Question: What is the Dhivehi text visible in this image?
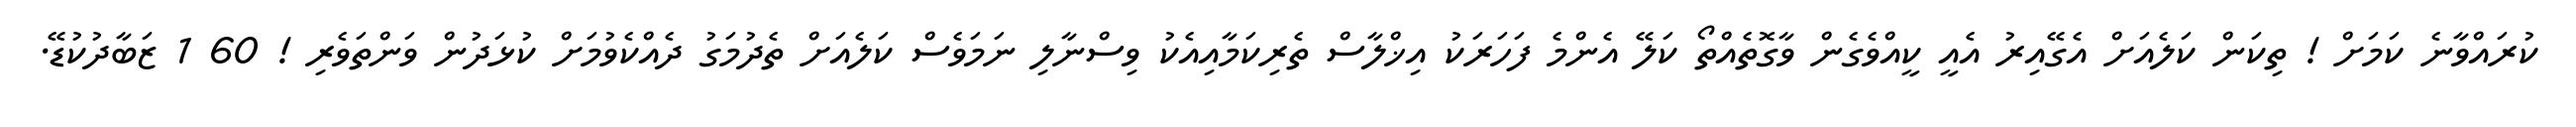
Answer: ކުރައްވާނެ ކަމަށް ! ތިކަން ކަލެއަށް އެގޭއިރު އެއީ ކީއްވެގެން ވާގޮތެއްތޯ ކަލޭ އެންމެ ފަހަރަކު އިޚްލާސް ތެރިކަމާއިއެކު ވިސްނާލި ނަމަވެސް ކަލެއަށް ތެދުމަގު ދެއްކެވުމަށް ކުޅަދުން ވަންތަވެރި ! 60 1 ޒަބާދުކުޑޭ.